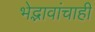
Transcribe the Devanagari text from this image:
भेद्भावांचाही